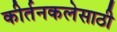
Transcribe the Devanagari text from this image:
कीर्तनकलेसाठी